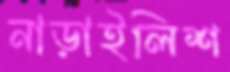
নাড়াইলিশ